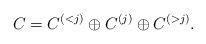
LaTeX: \begin{align*}C = C^{(<j)}\oplus C^{(j)}\oplus C^{(>j)}.\end{align*}